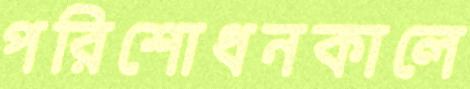
পরিশোধনকালে